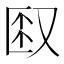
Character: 𫨼